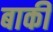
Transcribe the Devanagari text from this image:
बाकीं